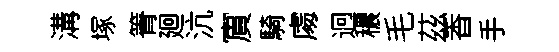
溝塚箐廻沆賔騎䖏迥穠毛茲香手